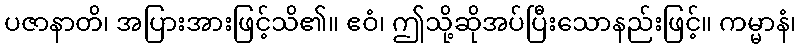
ပဇာနာတိ၊ အပြားအားဖြင့်သိ၏။ ဧဝံ၊ ဤသို့ဆိုအပ်ပြီးသောနည်းဖြင့်။ ကမ္မာနံ၊